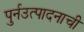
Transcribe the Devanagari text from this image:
पुर्नउत्पादनाची